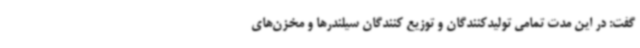
گفت: در این مدت تمامی تولیدکنندگان و توزیع کنندگان سیلندرها و مخزن‌های